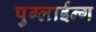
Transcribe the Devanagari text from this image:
पुग्लाईन्ग